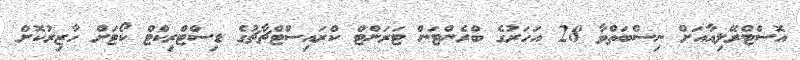
އޮސްޓްރޭލިއާއަށް ނިސްބަތްވާ 28 އަހަރުގެ ބްރެންޓަން ޓަރަންޓް ކްރައިސްޓްޗާޗުގެ ޑިސްޓްރިކްޓް ކޯޓަށް ހާޒިރުކޮށް